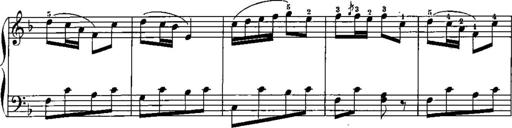
Title: Trois sonatines
Composer: Maurice Emmanuel